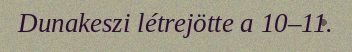
Dunakeszi létrejötte a 10–11.